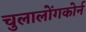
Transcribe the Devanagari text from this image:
चुलालोंगकोर्न